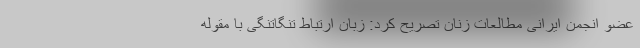
عضو انجمن ایرانی مطالعات زنان تصریح کرد: زبان ارتباط تنگاتنگی با مقوله